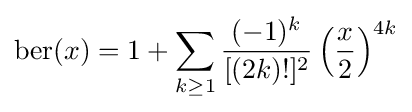
\mathrm {ber} (x)=1+\sum _{k\geq 1}{\frac {(-1)^{k}}{[(2k)!]^{2}}}\left({\frac {x}{2}}\right)^{4k}